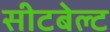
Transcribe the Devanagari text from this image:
सीटबेल्‍ट